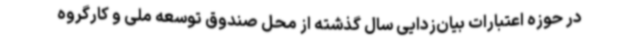
در حوزه اعتبارات بیان‌زدایی سال گذشته از محل صندوق توسعه ملی و کارگروه